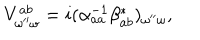
V _ { \omega ^ { \prime \prime } \omega } ^ { a b } = i ( \alpha _ { a a } ^ { - 1 } \beta _ { a b } ^ { * } ) _ { \omega ^ { \prime \prime } \omega } ,